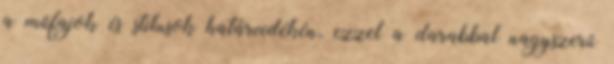
a műfajok és stílusok határvidékén, ezzel a darabbal nagyszerű